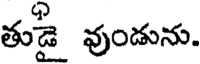
తుడై వుండును.